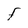
Character: F